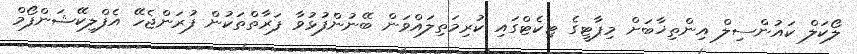
ލޯކަލް ކައުންސިލް އިންތިޚާބަށް މިޕާޓީގެ ޓިކެޓްގައި ކުރިމަތިލައްވަން ބޭނުންފުޅުވާ ފަރާތްތަކުން ފުރަންޖެހޭ އެފްލިކޭޝަންފޯމް